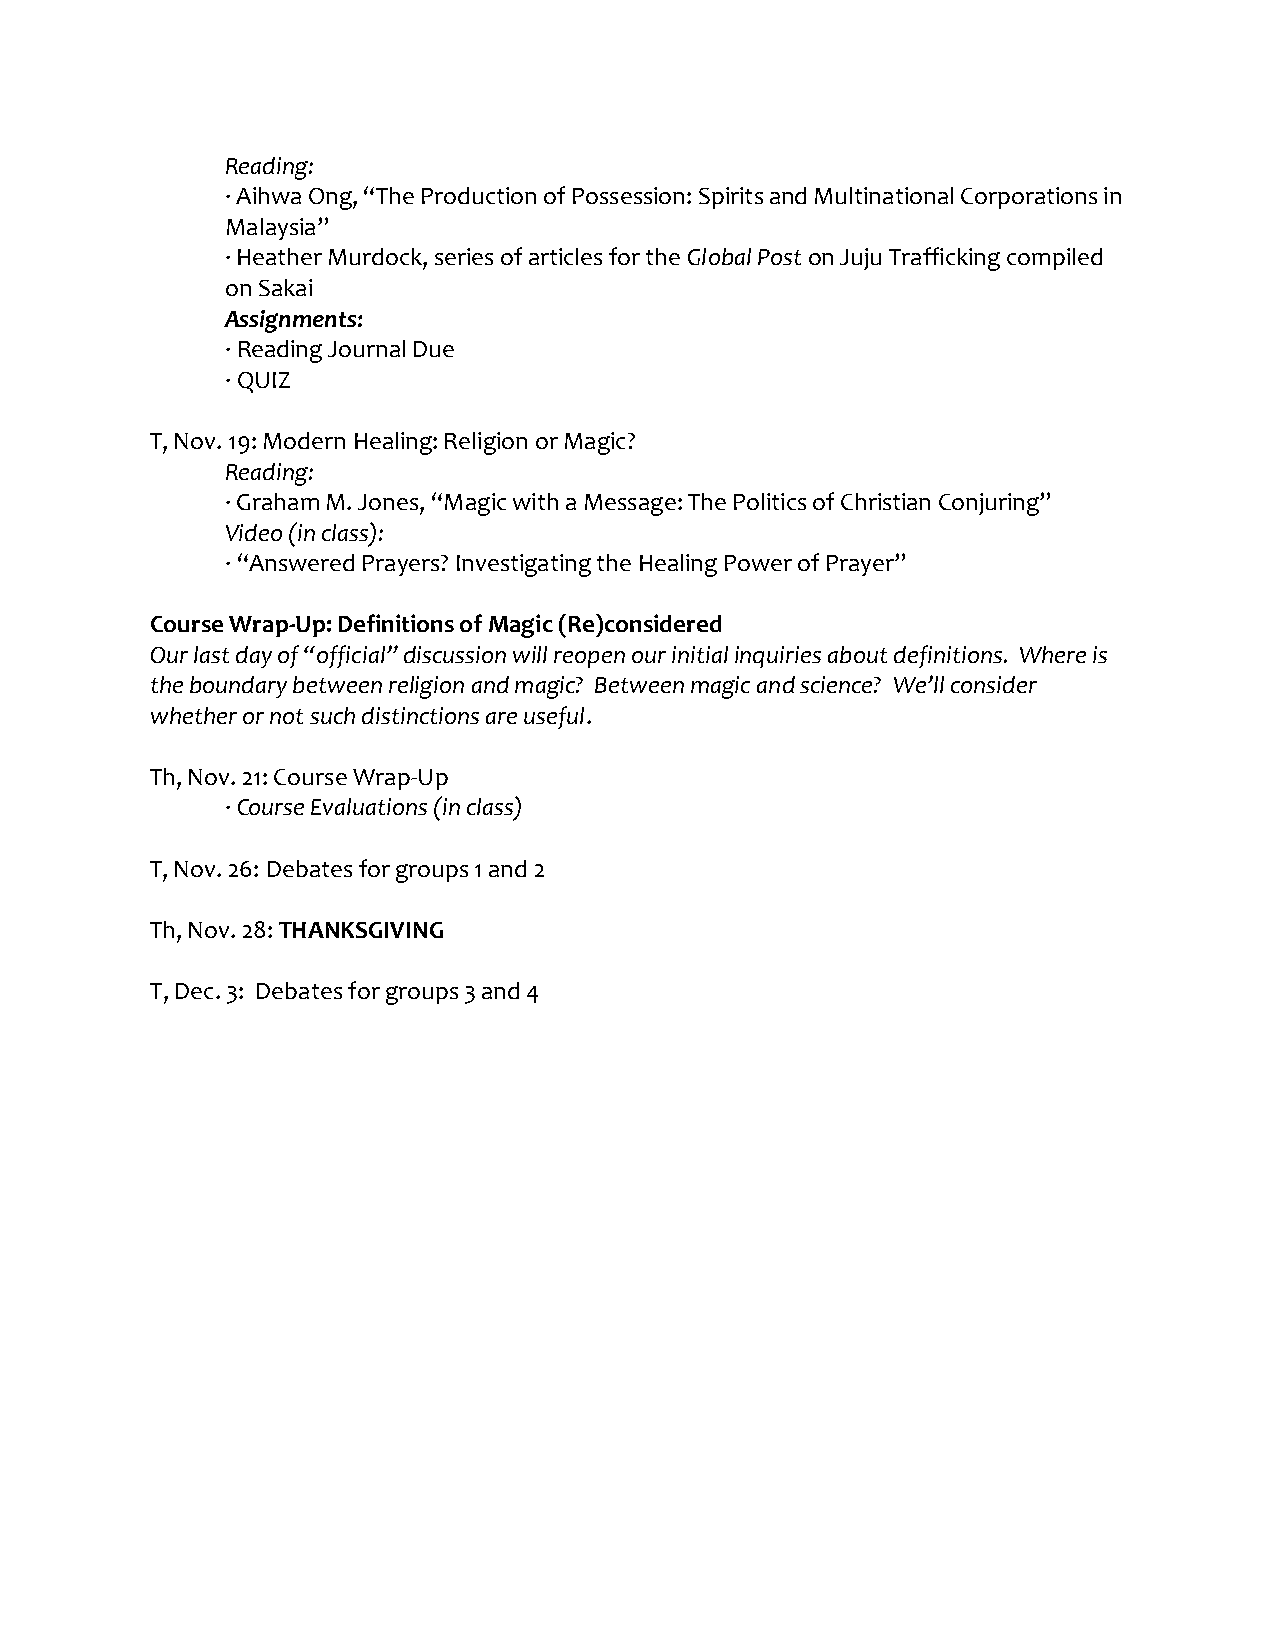
Reading:
 · Aihwa Ong, “The Production of Possession: Spirits and Multinational Corporations in
 Malaysia”
 · Heather Murdock, series of articles for the Global Post on Juju Trafficking compiled
 on Sakai
 Assignments:
 · Reading Journal Due
 · QUIZ
 T, Nov. 19: Modern Healing: Religion or Magic?
 Reading:
 · Graham M. Jones, “Magic with a Message: The Politics of Christian Conjuring”
 Video (in class):
 · “Answered Prayers? Investigating the Healing Power of Prayer”
 Course Wrap-Up: Definitions of Magic (Re)considered
 Our last day of “official” discussion will reopen our initial inquiries about definitions. Where is
 the boundary between religion and magic? Between magic and science? We’ll consider
 whether or not such distinctions are useful.
 Th, Nov. 21: Course Wrap-Up
 · Course Evaluations (in class)
 T, Nov. 26: Debates for groups 1 and 2
 Th, Nov. 28: THANKSGIVING
 T, Dec. 3: Debates for groups 3 and 4